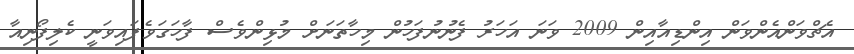
އެޗްވަންއެންވަން އިންޑިއާއިން 2009 ވަނަ އަހަރު ފެނުނުފަހުން މިހާތަނަށް މުޅިންވެސް ފާހަގަވެފައިވަނީ ކެލިފޯނިއާ